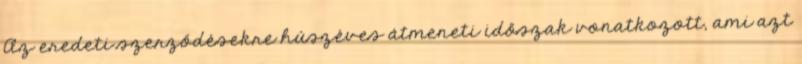
Az eredeti szerződésekre húszéves átmeneti időszak vonatkozott, ami azt